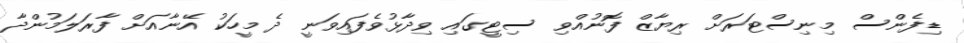
ޑިފެންސް މިނިސްޓަރަށް ރިޔާޒް ފޮނުއްވި ސިޓީގައި ވިދާޅުވެފައިވަނީ ދެ މީހަކު އޭނާއަށް ފާރަލަމުންދާ